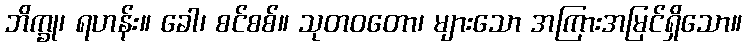
ဘိက္ခု၊ ရဟန်း။ ခေါ၊ စင်စစ်။ သုတဝတော၊ များသော အကြားအမြင်ရှိသော။